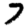
Digit: 7